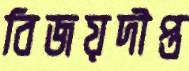
বিজয়দীপ্ত